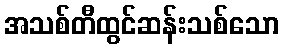
အသစ်တီထွင်ဆန်းသစ်သော